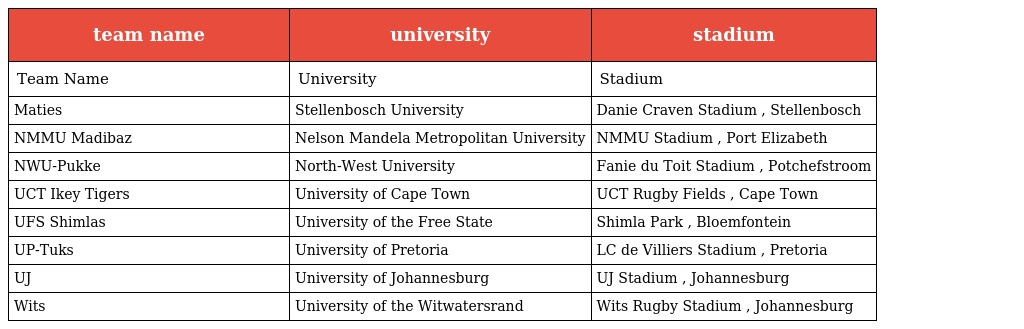
| team name | university | stadium |
 | --- | --- | --- |
 | Team Name | University | Stadium |
 | Maties | Stellenbosch University | Danie Craven Stadium , Stellenbosch |
 | NMMU Madibaz | Nelson Mandela Metropolitan University | NMMU Stadium , Port Elizabeth |
 | NWU-Pukke | North-West University | Fanie du Toit Stadium , Potchefstroom |
 | UCT Ikey Tigers | University of Cape Town | UCT Rugby Fields , Cape Town |
 | UFS Shimlas | University of the Free State | Shimla Park , Bloemfontein |
 | UP-Tuks | University of Pretoria | LC de Villiers Stadium , Pretoria |
 | UJ | University of Johannesburg | UJ Stadium , Johannesburg |
 | Wits | University of the Witwatersrand | Wits Rugby Stadium , Johannesburg |